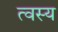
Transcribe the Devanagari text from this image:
त्वस्य